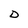
Character: D